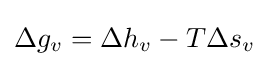
\Delta g_{v}=\Delta h_{v}-T\Delta s_{v}